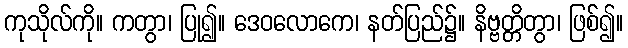
ကုသိုလ်ကို။ ကတွာ၊ ပြု၍။ ဒေဝလောကေ၊ နတ်ပြည်၌။ နိဗ္ဗတ္တိတွာ၊ ဖြစ်၍။